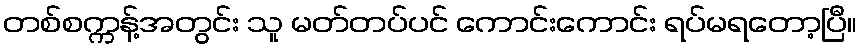
တစ်စက္ကန့်အတွင်း သူ မတ်တပ်ပင် ကောင်းကောင်း ရပ်မရတော့ပြီ။